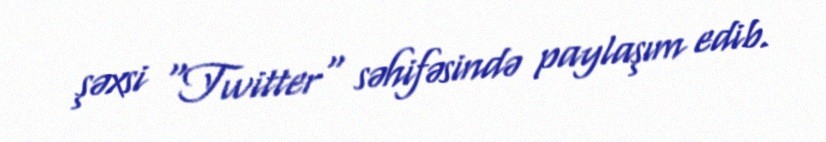
şəxsi "Twitter" səhifəsində paylaşım edib.